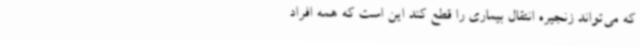
که می‌تواند زنجیره انتقال بیماری را قطع کند این است که همه افراد